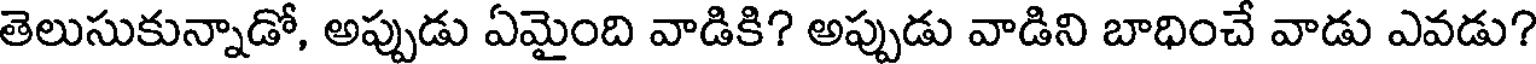
తెలుసుకున్నాడో, అప్పుడు ఏమైంది వాడికి? అప్పుడు వాడిని బాధించే వాడు ఎవడు?